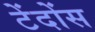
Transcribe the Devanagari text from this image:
टेंदोंस